Annual report of the Punjab Veterinary College and of the Civil Veterinary Department, Punjab - 1926-1932
Year: 1926
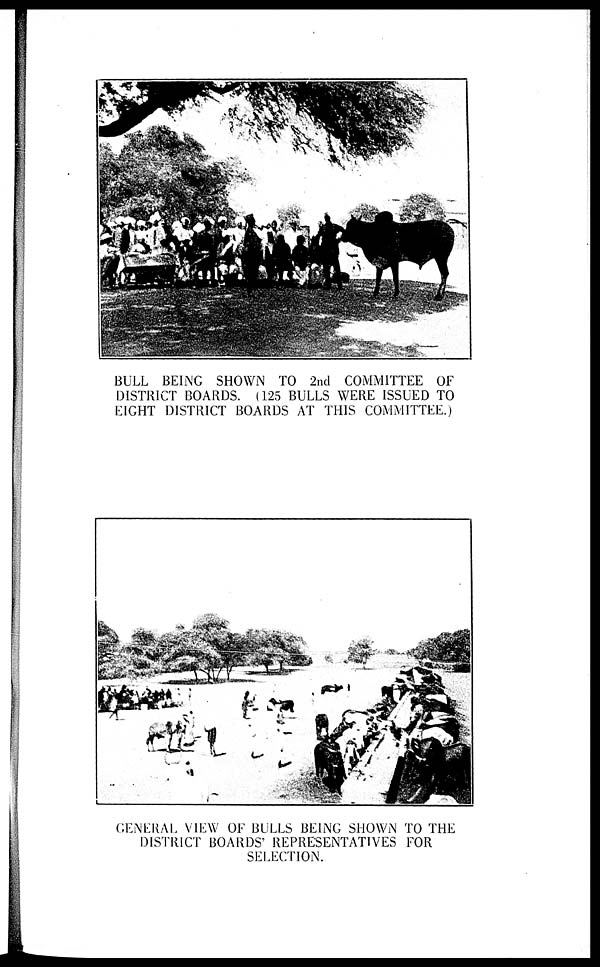
BULL BEING SHOWN TO 2nd COMMITTEE OF
DISTRICT BOARDS. (125 BULLS WERE ISSUED TO
EIGHT DISTRICT BOARDS AT THIS COMMITTEE.)
GENERAL VIEW OF BULLS BEING SHOWN TO THE
DISTRICT BOARDS' REPRESENTATIVES FOR
SELECTION.